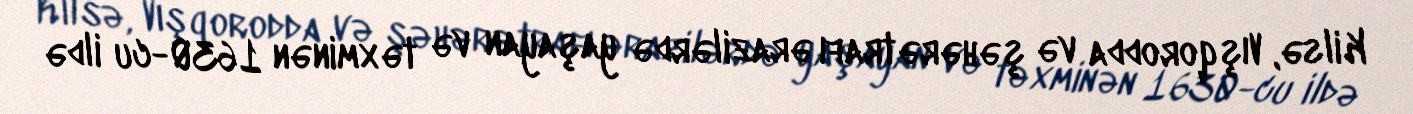
Kilsə, Vışqorodda və şəhərətrafı ərazilərdə yaşayan və təxminən 1630-cu ildə